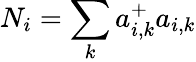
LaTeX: N_{i}=\sum_{k}a_{i,k}^{+}a_{i,k}